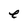
Character: e